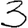
Digit: 3